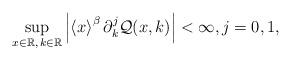
LaTeX: \begin{align*}\sup_{x\in\mathbb{R},\,k\in\mathbb{R}}\left|\left\langle x\right\rangle^{\beta}\partial_{k}^{j}\mathcal{Q}(x,k)\right|<\infty, j=0,1,\end{align*}